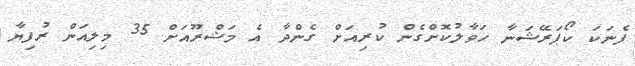
ފެނަކަ ކޯޕަރޭޝަނާ ހަވާލުކޮށްގެން ކުރިއަށް ގެންދާ އެ މަޝްރޫއަށް 35 މިލިއަން ރުފިޔާ